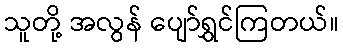
သူတို့ အလွန် ပျော်ရွှင်ကြတယ်။